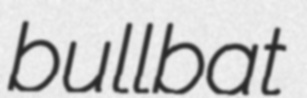
bullbat